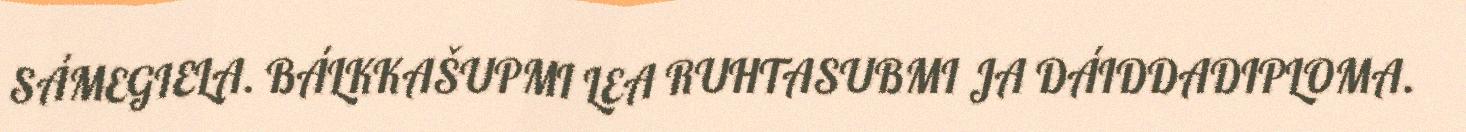
SÁMEGIELA. BÁLKKAŠUPMI LEA RUHTASUBMI JA DÁIDDADIPLOMA.